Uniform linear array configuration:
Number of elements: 12
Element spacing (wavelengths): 1
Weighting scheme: binomial
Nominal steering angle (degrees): -45
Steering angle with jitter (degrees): -43.044
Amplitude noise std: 0.05
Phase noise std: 0.05

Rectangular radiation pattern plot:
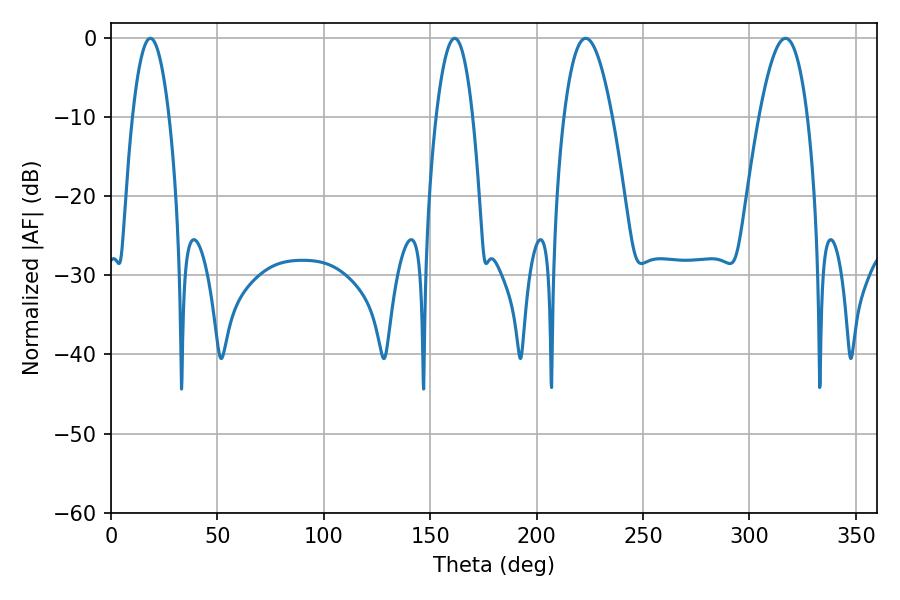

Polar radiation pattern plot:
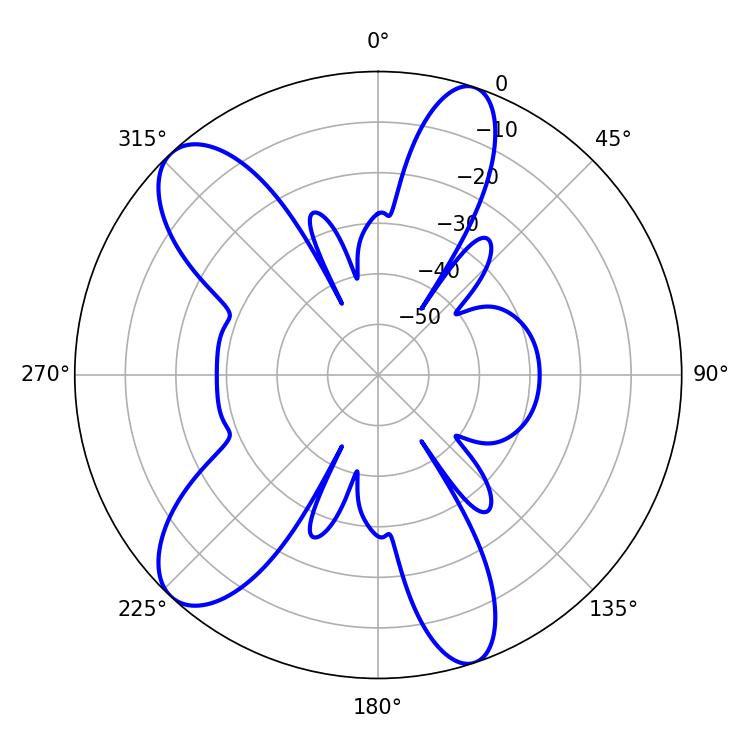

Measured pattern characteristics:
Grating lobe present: TRUE
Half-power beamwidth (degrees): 12.24
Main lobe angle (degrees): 223.02